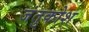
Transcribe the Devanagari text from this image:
जंतुकोश